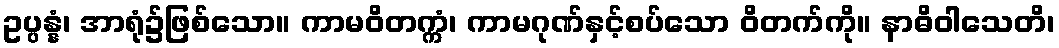
ဥပ္ပန္နံ၊ အာရုံ၌ဖြစ်သော။ ကာမဝိတက္ကံ၊ ကာမဂုဏ်နှင့်စပ်သော ဝိတက်ကို။ နာဓိဝါသေတိ၊